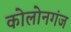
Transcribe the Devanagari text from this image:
कोलोनगंज